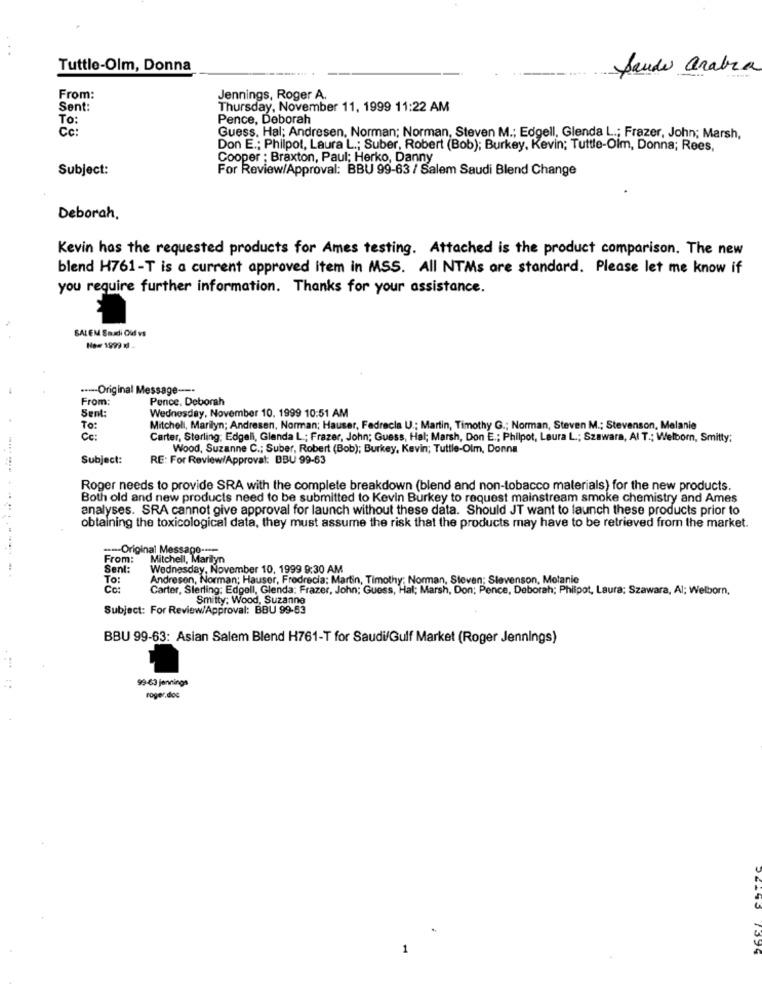
Tuttle-Olm, Donna
Saudi arabia
From:
Jennings, Roger A.
Sent:
Thursday, November 11, 1999 11:22 AM
Pence, Deborah
To
Cc :
Guess. Hal; Andresen, Norman; Norman, Steven M .; Edgell, Glenda L .; Frazer, John; Marsh,
Don E .; Philpot, Laura L .; Suber, Robert (Bob); Burkey, Kevin; Tuttle-Olm, Donna; Rees,
Cooper ; Braxton, Paul; Herko, Danny
Subject:
For Review/Approval: BBU 99-63 / Salem Saudi Blend Change
Deborah,
Kevin has the requested products for Ames testing. Attached is the product comparison. The new
blend H761-T is a current approved item in MSS. All NTMs are standard. Please let me know if
you require further information. Thanks for your assistance.
SALEM Saxi Old vs
No- 1999 xl
.--- Original Message ---
From:
Pence, Deborah
Sent:
Wednesday, November 10, 1999 10:51 AM
To:
Mitchell, Marilyn; Andresen, Norman; Hauser, Fadrecla U .; Martin, Timothy G .; Norman, Steven M .; Stevenson, Melanie
Cc:
Carter, Sterling; Edgeli, Glenda L .; Frazer, John; Guess, Hal; Marsh, Don E .; Philpot, Laura L .; Szawara, AI T .; Welborn, Smitty;
Wood, Suzanne C .; Suber, Robert (Bob); Burkey, Kevin; Tuttle-Olm, Donna
Subject:
RE: For Review/Approval: DBU 99-63
Roger needs to provide SRA with the complete breakdown (blend and non-tobacco materials) for the new products.
Both old and new products need to be submitted to Kevin Burkey to request mainstream smoke chemistry and Ames
analyses. SRA cannot give approval for launch without these data. Should JT want to launch these products prior to
obtaining the toxicological data, they must assume the risk that the products may have to be retrieved from the market.
--- Original Message ----
From:
Mitchell, Marilyn
Sent:
Wednesday, November 10, 1999 9:30 AM
To:
Andresen, Norman; Hauser, Fredrecia: Martin, Timothy; Norman, Steven; Slevenson, Metanie
Ce:
Carter, Sterling: Edgell, Glenda: Frazer, John; Guess, Hal; Marsh, Don; Pence, Deborah; Philpot, Laura: Szawara, Al; Welborn,
Smitty: Wood, Suzanne
Subject: For Review/Approval: BBU 99-53
BBU 99-63: Asian Salem Blend H761-T for Saudi/Gulf Market (Roger Jennings)
...
99-60 jennings
roger.doc